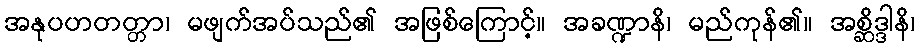
အနုပဟတတ္တာ၊ မဖျက်အပ်သည်၏ အဖြစ်ကြောင့်။ အခဏ္ဍာနိ၊ မည်ကုန်၏။ အစ္ဆိဒ္ဒါနိ၊